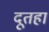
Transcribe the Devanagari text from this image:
दूतहा